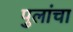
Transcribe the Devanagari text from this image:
पुलांचा